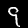
Label: 9